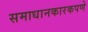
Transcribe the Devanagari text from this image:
समाधानकारकपणे